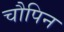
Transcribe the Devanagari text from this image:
चौपिन